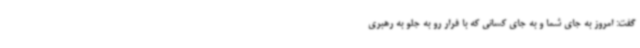
گفت: امروز به جای شما و به جای کسانی که با فرار رو به جلو به رهبری